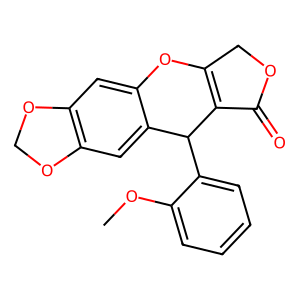
SMILES: COc1ccccc1C1C2=C(COC2=O)Oc2cc3c(cc21)OCO3
Inhibits HIV replication: No